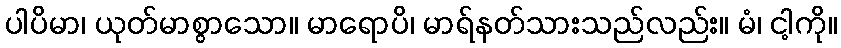
ပါပိမာ၊ ယုတ်မာစွာသော။ မာရောပိ၊ မာရ်နတ်သားသည်လည်း။ မံ၊ ငါ့ကို။